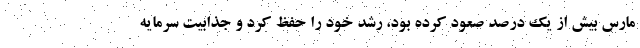
مارس بیش از یک درصد صعود کرده بود، رشد خود را حفظ کرد و جذابیت سرمایه